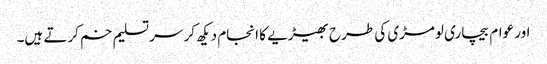
اور عوام بیچاری لومڑی کی طرح بھیڑیے کا انجام دیکھ کر سر تسلیم خم کرتے ہیں۔